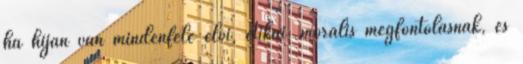
ha híján van mindenféle elvi, etikai, morális megfontolásnak, és